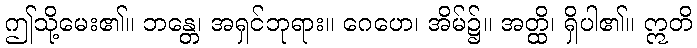
ဤသို့မေး၏။ ဘန္တေ၊ အရှင်ဘုရား။ ဂေဟေ၊ အိမ်၌။ အတ္ထိ၊ ရှိပါ၏။ ဣတိ